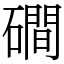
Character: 磵